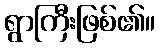
ရွာကြီးဖြစ်၏။